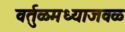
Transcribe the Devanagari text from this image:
वर्तुळमध्याजवळ